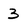
Character: 3